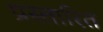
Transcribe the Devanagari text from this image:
प्रस्तारित